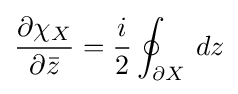
{\frac {\partial \chi _{X}}{\partial {\bar {z}}}}={\frac {i}{2}}\oint _{\partial X}\,dz